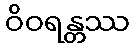
ဝိဝရန္တဿ